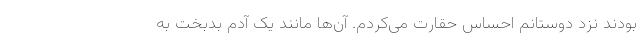
بودند نزد دوستانم احساس حقارت می‌کردم. آن‌ها مانند یک آدم بدبخت به